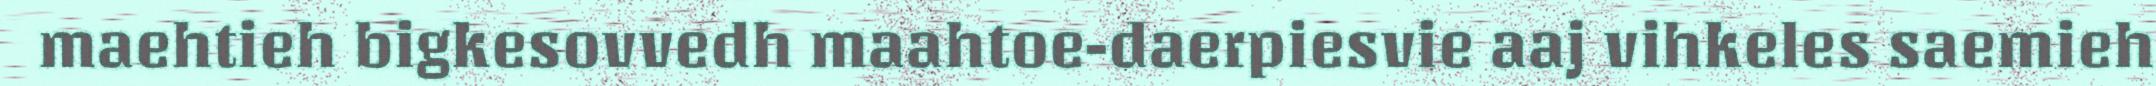
maehtieh bigkesovvedh maahtoe-daerpiesvie aaj vihkeles saemieh